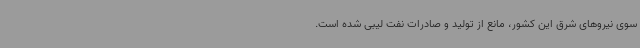
سوی نیروهای شرق این کشور، مانع از تولید و صادرات نفت لیبی شده است.